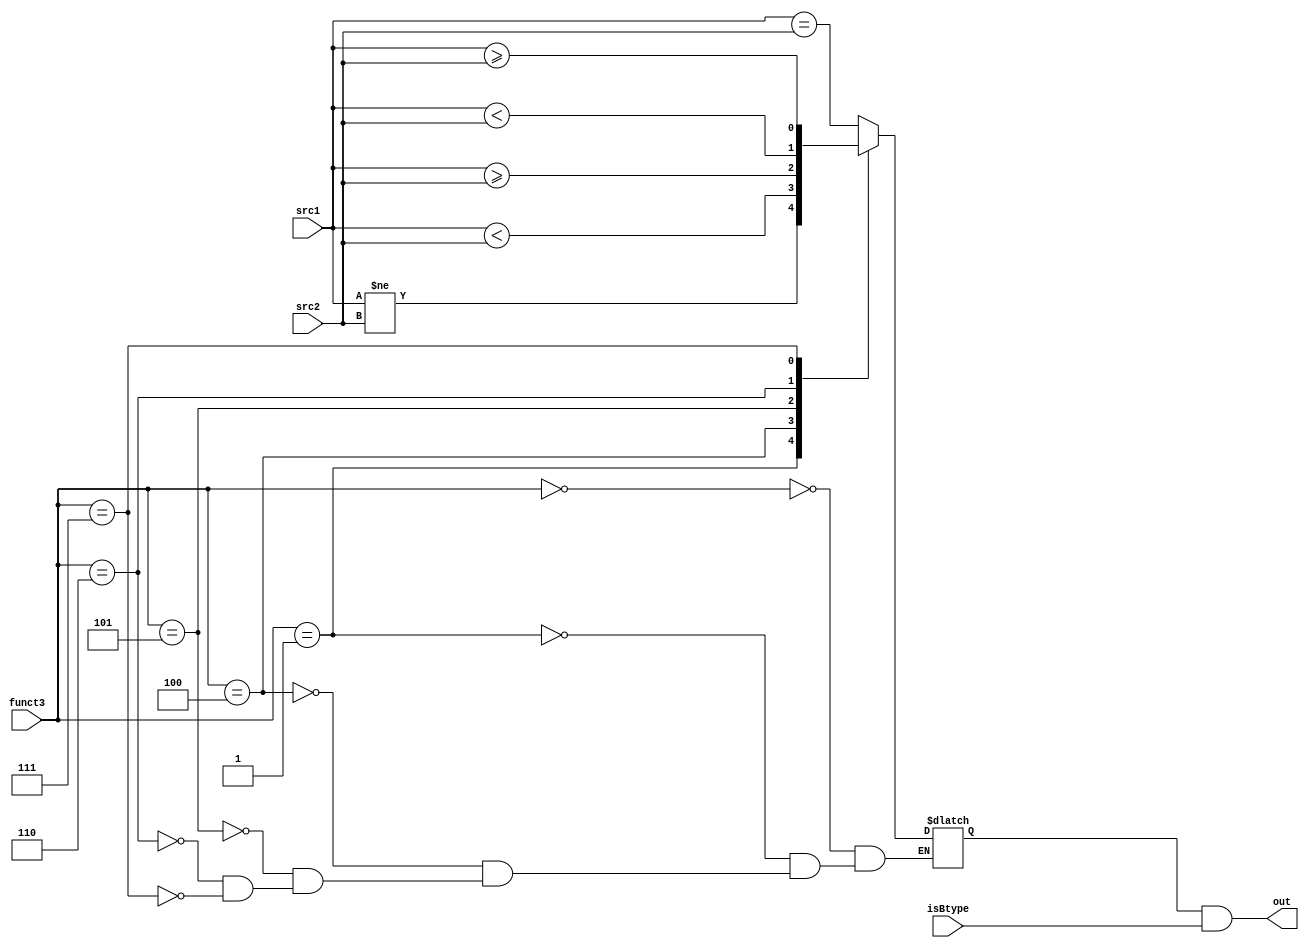
module branchALU (
	input wire [31:0] src1,
	input wire [31:0] src2,
	input wire [2:0] funct3,
	input wire isBtype,
	output wire out
	);

	reg branchTaken;
	assign out = branchTaken & isBtype;

	always @(*) begin
		case (funct3)
			3'b000: branchTaken = src1 == src2;
			3'b001: branchTaken = src1 != src2;
			3'b100: branchTaken = $signed(src1) < $signed(src2);
			3'b101: branchTaken = $signed(src1) >= $signed(src2);
			3'b110: branchTaken = src1 < src2;
			3'b111: branchTaken = src1 >= src2;
		endcase
		
	end
endmodule